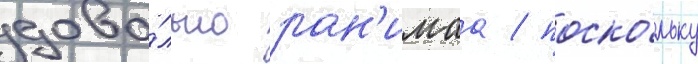
дово́льно ран'имаа / поско́льку